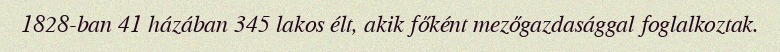
1828-ban 41 házában 345 lakos élt, akik főként mezőgazdasággal foglalkoztak.